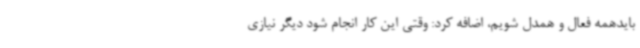
بایدهمه فعال و همدل شویم، اضافه کرد: وقتی این کار انجام شود دیگر نیازی